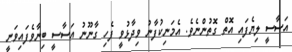
އަސާސީ ލިޔެފައި އޮތް ގޮތުންނެވެ. އެމަނިކުފާނު ވިދާޅުވީ ފެހި ގާނޫނު އަސާސީ ބިނާވެފައިވަނީ